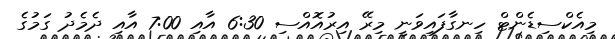
މިއެކްސިޑެންޓް ހިނގާފައިވަނީ މިރޭ އިރުއޮއްސި 6:30 އާއި 7:00 އާއި ދެމެދު ގަމުގެ